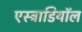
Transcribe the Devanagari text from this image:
एस्ट्राडियॉल